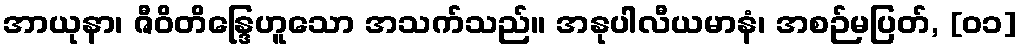
အာယုနာ၊ ဇီဝိတိန္ဒြေဟူသော အသက်သည်။ အနုပါလီယမာနံ၊ အစဉ်မပြတ်, [၀၁]